Leningradi_Edasi_toimetus, lk 60
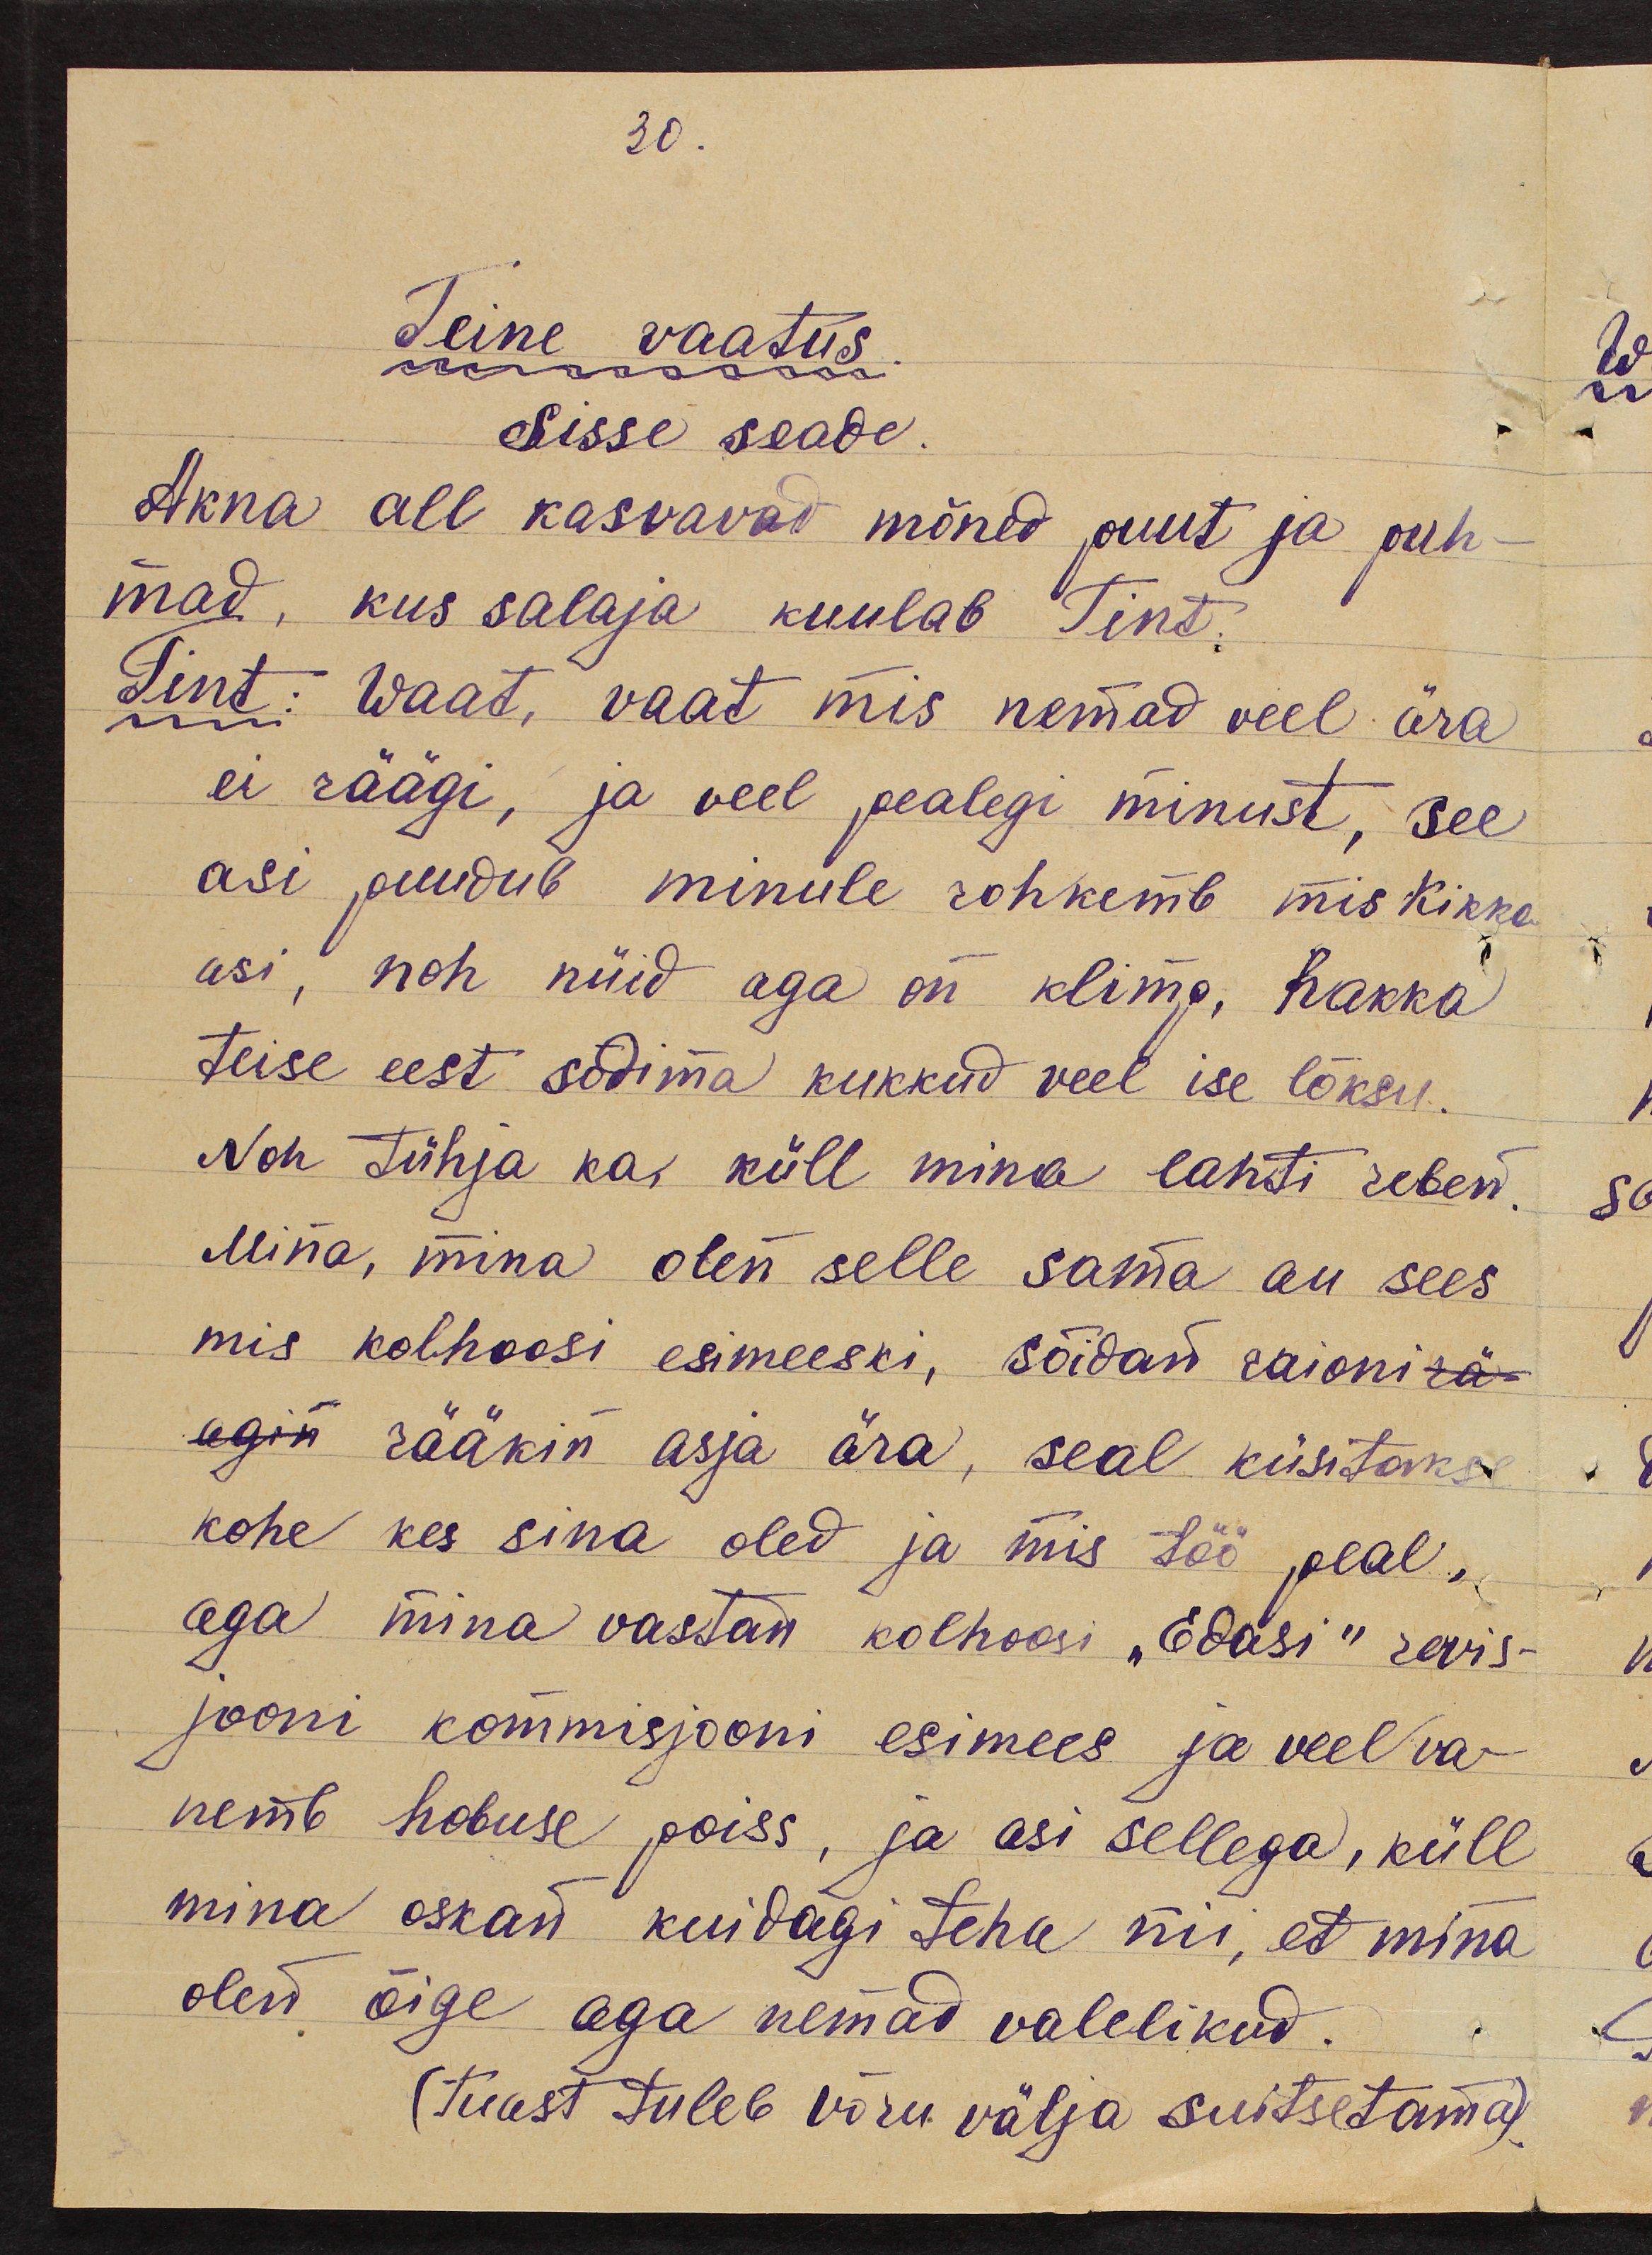
30.
Teine vaatus.
Sisse seade.
Akna all kasvavad mõned puut ja puh-
mad, kus salaja kuulab Tint.
Tint: Waat, vaat mis nemad veel ära
ei räägi, ja veel pealegi minust, see
asi puudub minule rohkemb mis Kikka
asi, noh nüid aga on klimp, hakka
teise eest sõdima kukkud veel ise lõksu.
Noh tühja ka, küll mina lahti reben.
Mina, mina olen selle sama au sees
mis kolhoosi esimeeski, sõidan raioni rä-
agin rääkin asja ära, seal küsitakse
kohe kes sina oled ja mis töö peal,
aga mina vastan kolhoosi "Edasi" revis-
jooni kommisjooni esimees ja veel va-
nemb hobuse poiss, ja asi sellega, küll
mina oskad kuidagi teha nii, et mina
olen õige aga nemad valelikud.
(tuast tuleb võru välja suitsetama).